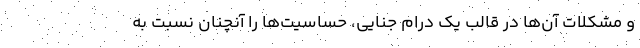
و مشکلات آن‌ها در قالب یک درام جنایی، حساسیت‌ها را آنچنان نسبت به